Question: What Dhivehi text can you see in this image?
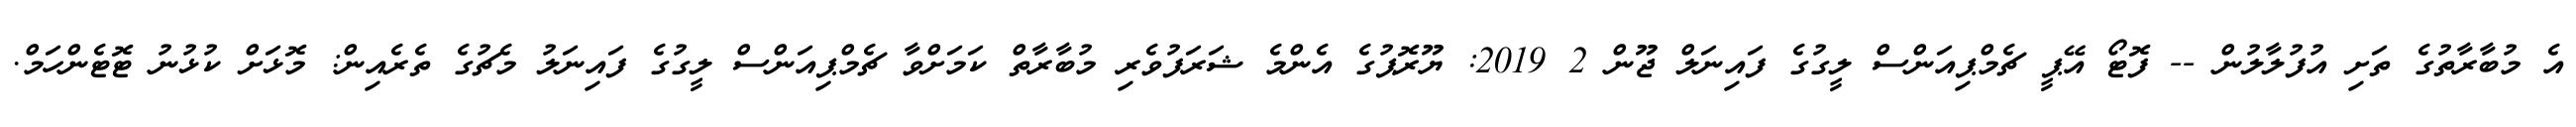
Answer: އެ މުބާރާތުގެ ތަށި އުފުލާލުން -- ފޮޓޯ އޭޕީ ޗެމްޕިއަންސް ލީގުގެ ފައިނަލް ޖޫން 2 2019: ޔޫރޮޕުގެ އެންމެ ޝަރަފުވެރި މުބާރާތް ކަމަށްވާ ޗެމްޕިއަންސް ލީގުގެ ފައިނަލު މެޗުގެ ތެރެއިން: މޮޅަށް ކުޅުނު ޓޮޓެންހަމް.